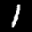
Label: 1